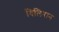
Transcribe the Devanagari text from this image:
बिलिरान